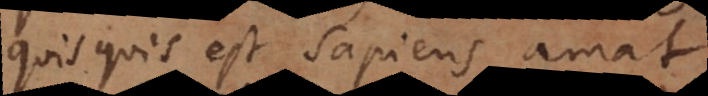
Quisquis est sapiens amat